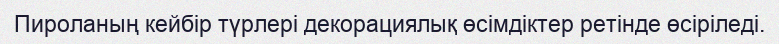
Пироланың кейбір түрлері декорациялық өсімдіктер ретінде өсіріледі.